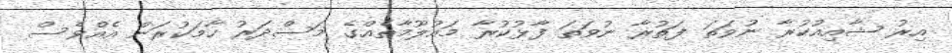
އިރު ޝާއިއުކުރާ ނުވަތަ ފަތުރާ ނުވަތަ ފާޅުކުރާ މައުލޫމާތެއްގެ މަސްދަރު ހާމަކުރަން އެއްވެސް